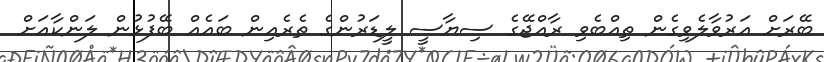
ބޭރަށް އަރުވާލެވިގެން ތިއްބެވި ރާއްޖޭގެ ސިޔާސީ ލީޑަރުންގެ ތެރެއިން ބައެއް ބޭފުޅުން ލަންކާއަށް